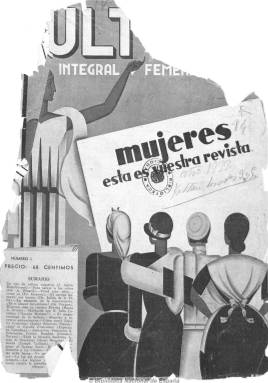
Título: Cultura integral y femenina
Colección: Revistas femeninas
Ámbito geográfico: Madrid
Lugar de publicación: Madrid
Fechas: 15/01/1933-25/02/1934

Con el subtítulo de “la revista de unión social para una obra común de cultura integral femenina”, aparece como portavoz del asociacionismo feminista más destacado y activo de la época, desde el de centro derecha hasta el de izquierda republicana, representado simbólicamente en las cuatro imágenes de mujer de su portada, que buscó la emancipación de la mujer a través de la cultura y el conocimiento.

Aunque es dirigida por un hombre, José Aubin Rieu-Vernet, esta publicación es obra de las líderes del movimiento feminista intelectual republicano, profesionales de clase media, abogadas, catedráticas, escritoras o periodistas, algunas de ellas incorporadas a las logias masónicas y que llegan a alcanzar actas de diputadas, encontrándose al frente de su comité de redacción Clara Campoamor (1896-1972), líder de Unión Republicana Femenina. Como secretaria general o redactora-jefe estará la periodista autodidacta María A. Brisso, y como secretaria de redacción, Jacoba Reclusa.

Junto a la eminente abogada y diputada, estará María Lejárraga (1874-1974), dirigente de la Asociación Femenina de Educación Cívica y mujer del escritor Gregorio Martínez Sierra (1881-1947), e Isabel Oyarzabal Smith (1878-1974), viuda de Ceferino Palencia (1859-1928), que utilizaban todavía los apellidos de sus cónyuges para firmar sus escritos; la prestigiosa oftalmóloga Elisa Soriano (1891-1964); Aurora Cáceres (1872-1978), que utilizaba el seudónimo Evangelina; Consuelo Bergés (1899-1988); la dramaturga María Francisca Clar Margarit (1888-1952), con el seudónimo Halma Angélico; María Doménech de Cañellas (1877-1952); Carmen Karr (1865-1943); Carmen Monturiol (1893-1966); Irene Lewy Rodríguez (1907-1999), conocida como Irene Falcón; Encarnación Fuyola (1907-1982); así como Elvira Serret de Fontanals, Antonia Torrents, Regina Oppisa, Eloina Malacheverría; María Luisa Navarro de Luzurriaga, Eulalia Vicenti o María del Valle Mantilla de los Ríos, fundadora de España Femenina. Muchas de éllas vivirán durante la Dictadura Franquista el amargo sabor del exilio exterior o interior y el olvido.

Como colaboradores de la publicación aparecen directores de organismos e instituciones académicas, médicos, abogados, economistas y hasta premios nobeles. Citamos a Henri Bergson (1859-1941), Federico García Sanchís (1888-1964), Ángel Ossorio Gallardo (1873-1946) o Rafael Alberti (1902-1999).

“Vamos a ocuparnos nosotras mismas de nosotras”, era el espíritu de una revista que publicó artículos de medicina práctica (cáncer de mama), puericultura, pediatría, derecho práctico (ley del divorcio), legislación femenina, sociología, antropología, economía, dietética, belleza, cocina, historia, educación, enseñanza de idiomas, arte, viajes, literatura mundial y política internacional, pero obviando la política española. Fue una revista pacifista y antifascista, que llegó a hacerse eco tempranamente de la verdad de los campos de concentración de la Alemania hitleriana. También fue ilustrada con fotografías y los anuncios publicitarios ocuparon un destacado espacio.

Dedicó una extensa sección como tribuna de todos los grupos feministas organizados en España, cuyos objetivos eran mejorar la situación social, económica e intelectual de la mujer trabajadora culta. Y este esfuerzo común hizo que la revista alcanzara gran difusión, pues su venta alcanzó hasta los 24.200 ejemplares sólo en Madrid.

De periodicidad mensual, salía los días 15, dejó de editarse el 15 de julio de 1936. La colección de la Biblioteca Nacional de España está integrada sólo por los quince primeros números, excepto los correspondientes a marzo y mayo de 1933.